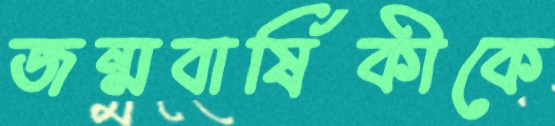
জন্মবার্ষিকীকে